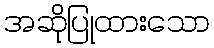
အဆိုပြုထားသော